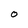
Character: O